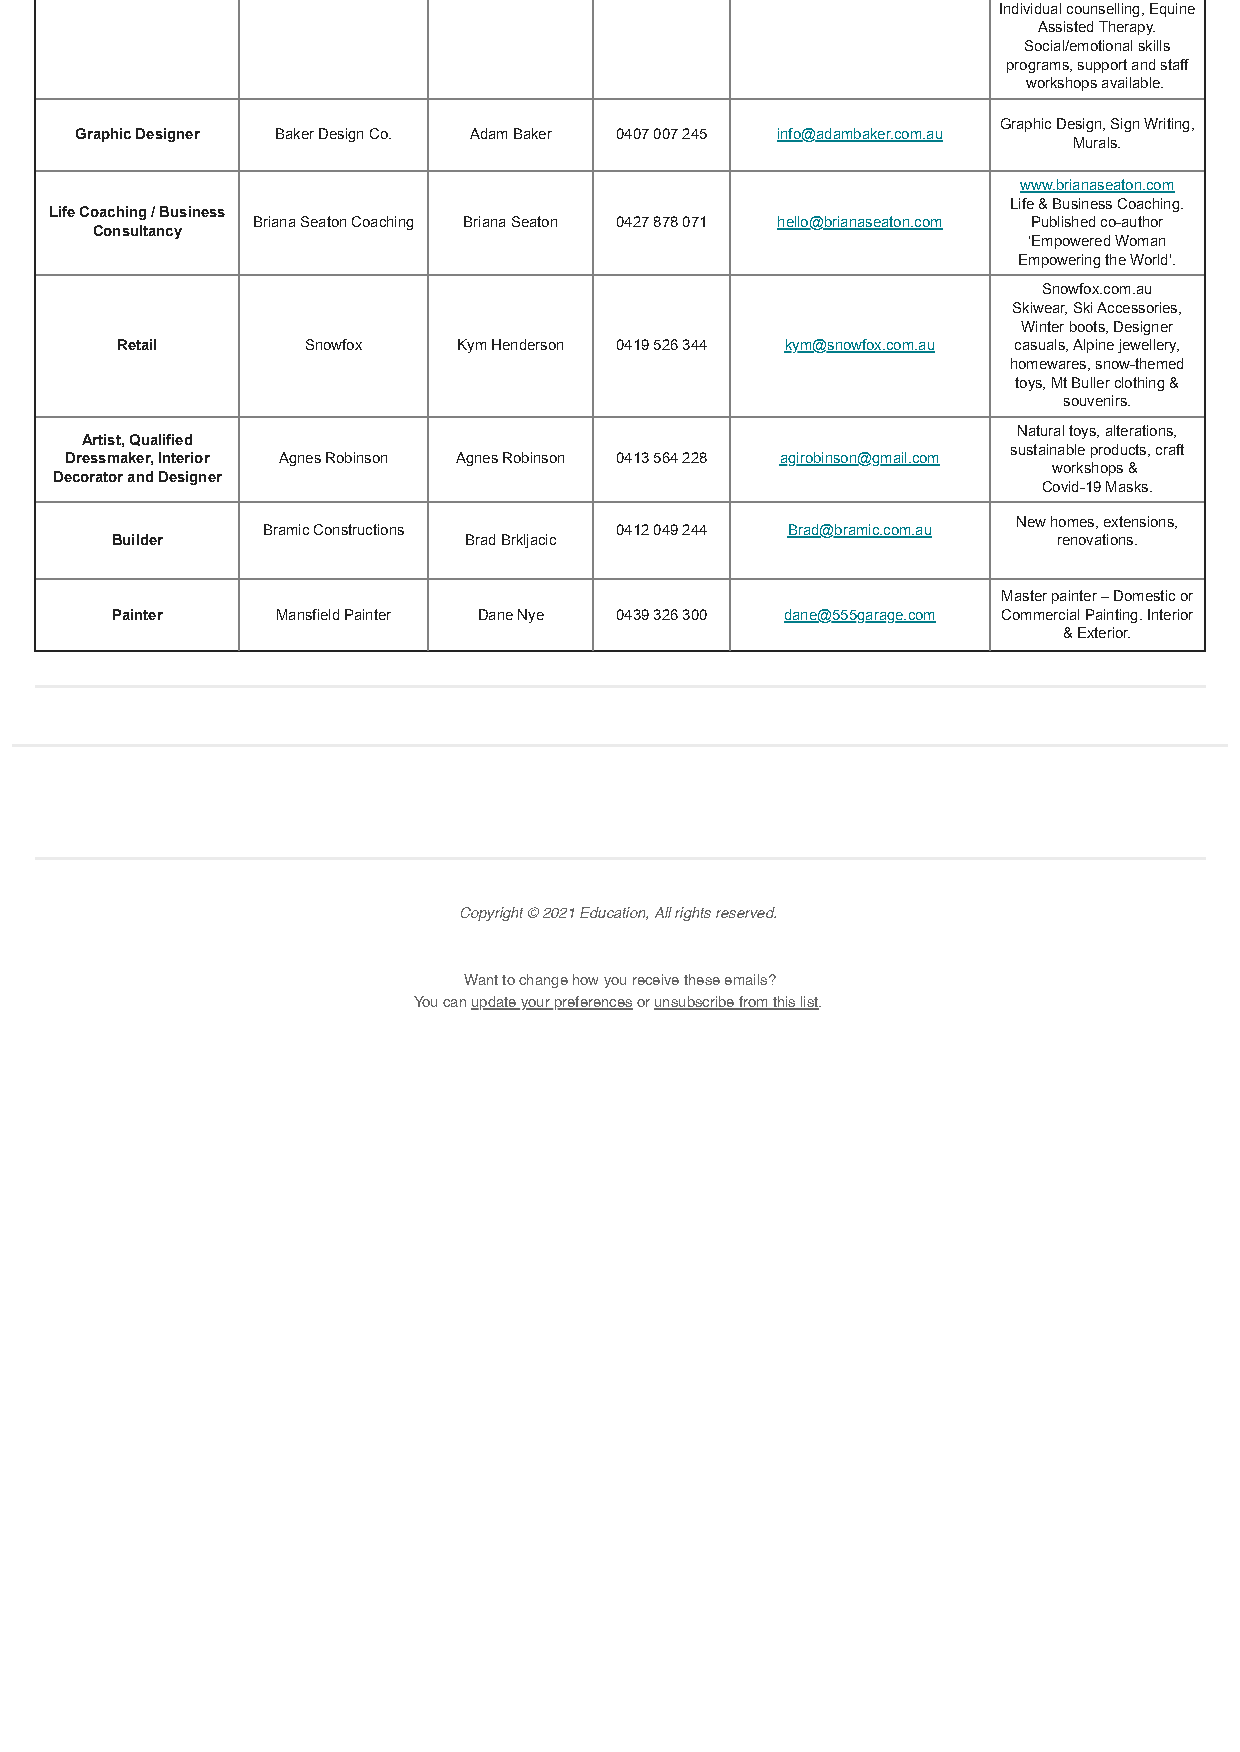
Individual counselling, Equine
 Assisted Therapy.
 Social/emotional skills
 programs, support and staff
 workshops available.
 Graphic Design, Sign Writing,
 Graphic Designer Baker Design Co. Adam Baker 0407 007 245 info@adambaker.com.au
 Murals.
 www.brianaseaton.com
 Life & Business Coaching.
 Life Coaching / Business
 Briana Seaton Coaching Briana Seaton 0427 878 071 hello@brianaseaton.com Published co-author
 Consultancy
 ‘Empowered Woman
 Empowering the World’.
 Snowfox.com.au
 Skiwear, Ski Accessories,
 Winter boots, Designer
 Retail      Snowfox   Kym Henderson 0419 526 344 kym@snowfox.com.au casuals, Alpine jewellery,
 homewares, snow-themed
 toys, Mt Buller clothing &
 souvenirs.
 Natural toys, alterations,
 Artist, Qualified
 sustainable products, craft
 Dressmaker, Interior Agnes Robinson Agnes Robinson 0413 564 228 agirobinson@gmail.com
 workshops &
 Decorator and Designer
 Covid-19 Masks.
 New homes, extensions,
 Bramic Constructions    0412 049 244 Brad@bramic.com.au
 Builder                 Brad Brkljacic                         renovations.
 Master painter – Domestic or
 Painter    Mansfield Painter Dane Nye 0439 326 300 dane@555garage.com Commercial Painting. Interior
 & Exterior.
 Copyright © 2021 Education, All rights reserved.
 Want to change how you receive these emails?
 You can update your preferences or unsubscribe from this list.